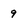
Character: 9